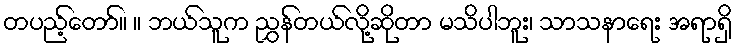
တပည့်တော်။ ။ ဘယ်သူက ညွှန်တယ်လို့ဆိုတာ မသိပါဘူး၊ သာသနာရေး အရာရှိ